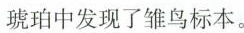
琥珀中发现了雏鸟标本。